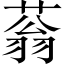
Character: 蓊